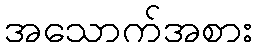
အသောက်အစား